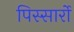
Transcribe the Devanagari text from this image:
पिस्सार्रो